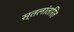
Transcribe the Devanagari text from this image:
स्तलांतरित